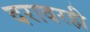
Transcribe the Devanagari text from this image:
दरावरही